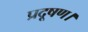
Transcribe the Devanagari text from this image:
प्रदूषण।